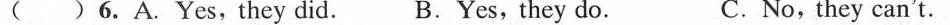
( )6.A. Yes,they did. B.Yes, they do. C.No,they can't.